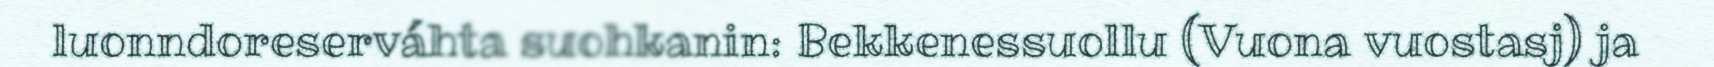
luonndoreserváhta suohkanin: Bekkenessuollu (Vuona vuostasj) ja